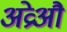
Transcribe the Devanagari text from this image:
अव्रेऔ